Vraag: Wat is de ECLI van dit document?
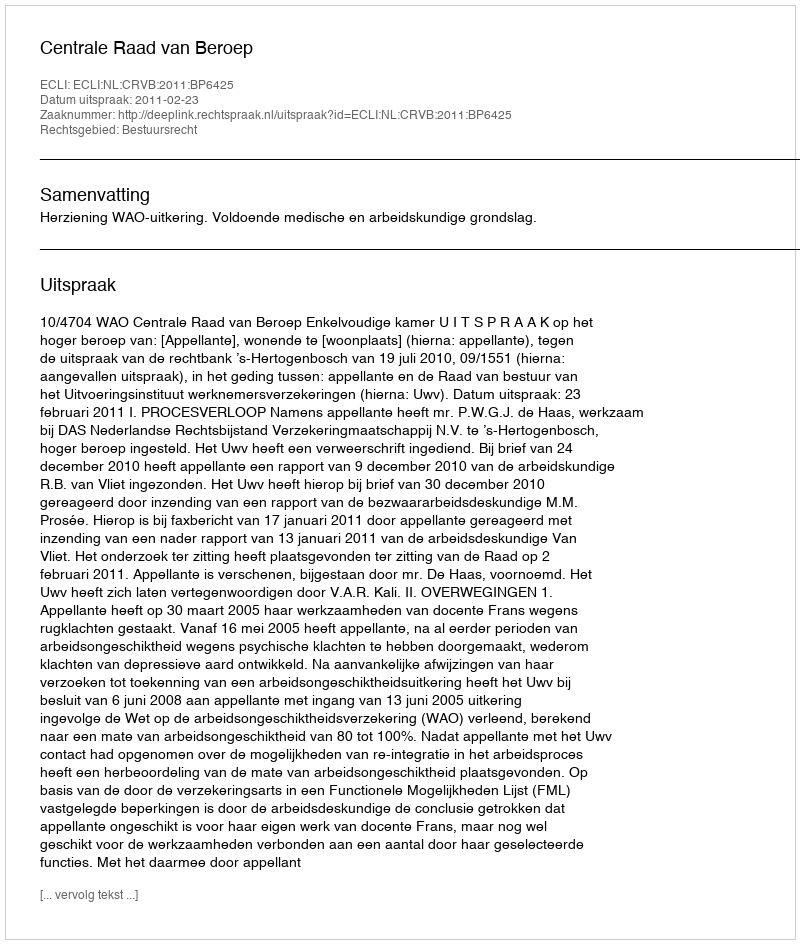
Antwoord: ECLI:NL:CRVB:2011:BP6425